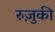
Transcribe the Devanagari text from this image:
रुज़ुकी